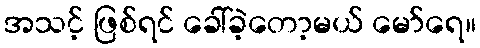
အသင့် ဖြစ်ရင် ခေါ်ခဲ့တော့မယ် မော်ရေ။